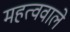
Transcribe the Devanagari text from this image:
महत्ववाले